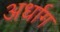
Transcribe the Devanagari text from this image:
अर्धाग